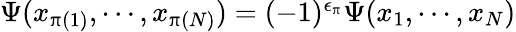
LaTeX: \begin{array}{r}{\Psi(x_{\uppi(1)},\cdots,x_{\uppi(N)})=(-1)^{\epsilon_{\uppi}}\Psi(x_{1},\cdots,x_{N})}\end{array}